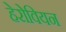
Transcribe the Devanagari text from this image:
हेरोवियन